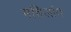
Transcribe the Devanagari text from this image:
महिलांत